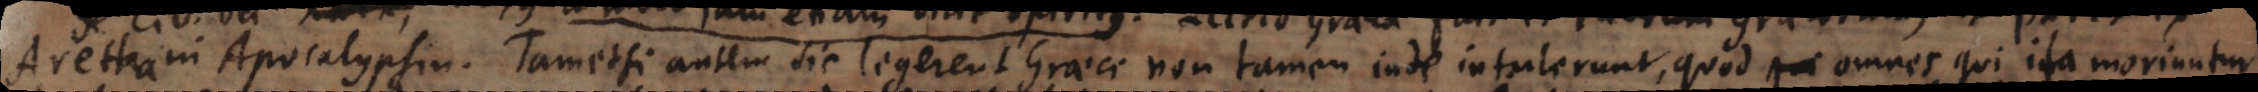
Aretha in Apocalypsin. Tametsi autem sic legerent Graeci non tamen inde intulerunt, quod omnes qui ita moriuntur